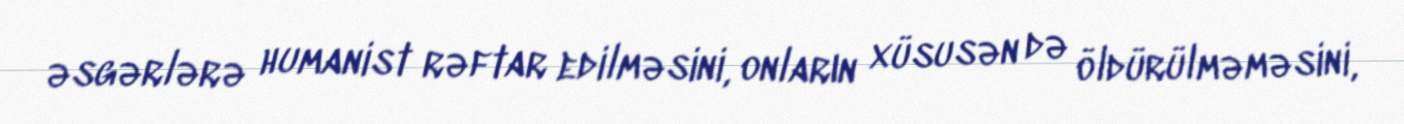
əsgərlərə humanist rəftar edilməsini, onların xüsusən də öldürülməməsini,